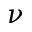
\nu